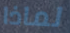
لماذا